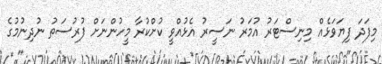
މިފަދަ ފިޔަވަޅެއް މިނިސްޓަރު އުމަރު ނަސީރު އެޅުއްވީ ކުށްކުރާ މީހުންނަށް ފުރުސަތު ނުދިނުމުގެ